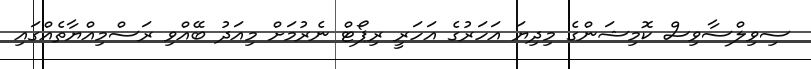
ސިވިލްސާވިސް ކޮމިޝަންގެ މިދިޔަ އަހަރުގެ އަހަރީ ރިޕޯޓް ނެރުމަށް މިއަދު ބޭއްވި ރަސްމިއްޔާތެއްގައި